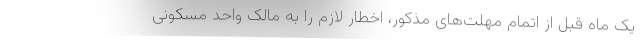
یک ماه قبل از اتمام مهلت‌های مذکور، اخطار لازم را به مالک واحد مسکونی